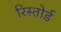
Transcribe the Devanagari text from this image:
रिस्तोर्ड